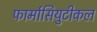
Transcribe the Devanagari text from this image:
फार्मासियुटीकल